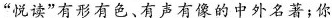
”悦读”有形有色、有声有像的中外名著；你